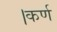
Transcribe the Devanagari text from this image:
।कर्ण